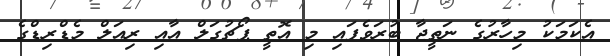
އެކަމަކު މިހާރުގެ ނަތީޖާ ބުރަވެފައި މި އޮތީ ޕޯޗުގަލް އާއި ރިއަލް މެޑްރިޑްގެ